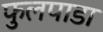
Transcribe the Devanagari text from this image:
फुलपाडा